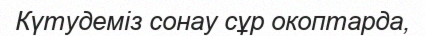
Күтудеміз сонау сұр окоптарда,